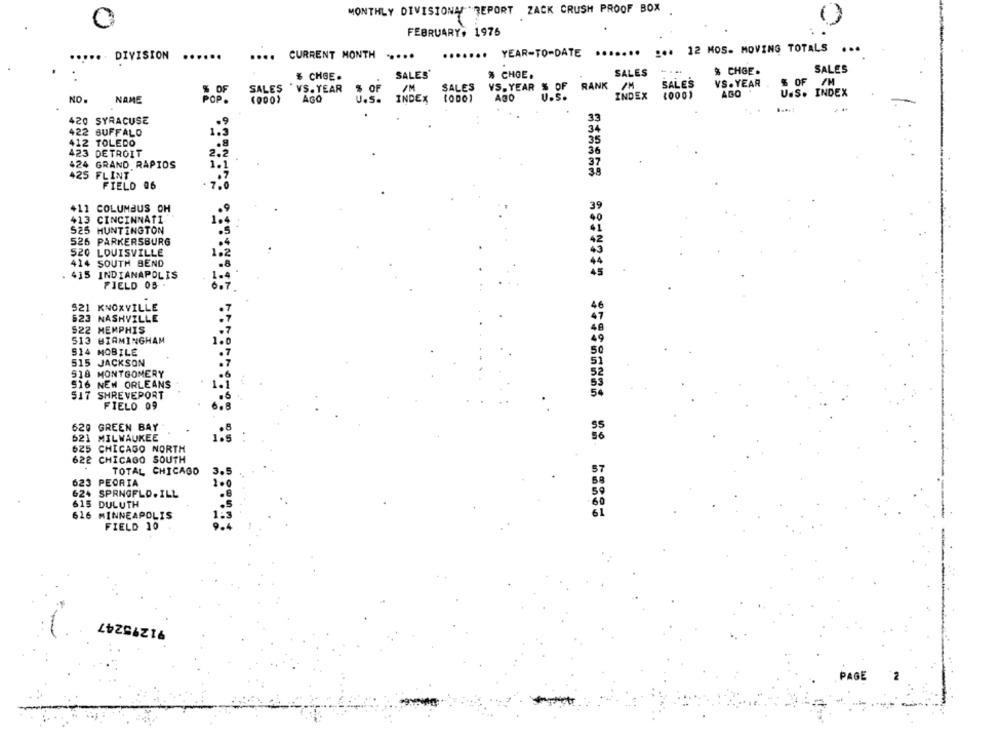
MONTHLY DIVISIONM "REPORT ZACK CRUSH PROOF BOX
FEBRUARY. 1975
......
... 12 MOS- MOVING TOTALS
....
....
DIVISION
..
..
....
CURRENT MONTH
.......
YEAR-TO-DATE
SALES'
% CHOE.
SALES
-...
% CHGE.
SALES
# CHGE.
VS. YEAR
% OF /M
SALES
" VS. YEAR
% OF
SALES
RANK /M
SALES
5 OF
VS. YEAR 5 0
INDEX
AGO
U.S. INDEX
NO.
NAME
POP.
AGO
U.S.
INDEX
(0001
ABO
35
420 SYRACUSE
422 BUFFALO
34
412 TOLEDO
35
36
423 DETROIT
2.
424 GRAND RAPIDS
425 FLINT
38
FIELD 06
+11 COLUMBUS OH
413 CINCINNATI
525 HUNTINGTON
526 PARKERSBURG
520 LOUISVILLE
414 SOUTH BEND
415 INDIANAPOLIS
FIELD OB
$21 KNOXVILLE
623 NASHVILLE
522 MEMPHIS
513 BIRMINGHAM
S14 MOBILE
515 JACKSON
518 MONTGOMERY
516 NEW ORLEANS
517 SHREVEPORT
FIELD 09
620 GREEN BAY
621 MILWAUKEE
625
CHICAGO NORTH
622 CHICAGO SOUTH
TOTAL CHICAGO
623 PEORIA
62+ SPRNGFLD.ILL
615 DULUTH
616 MINNEAPOLIS
====== ======= ======== == =====
FIELD 10
91275247
PAGE